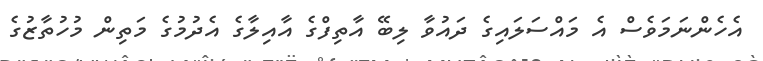
އެހެންނަމަވެސް އެ މައްސަލައިގެ ދައުވާ ލިބޭ އާތިފްގެ އާއިލާގެ އެދުމުގެ މަތިން މުހުތާޒުގެ